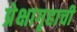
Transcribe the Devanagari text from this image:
प्रेक्षागृहाची